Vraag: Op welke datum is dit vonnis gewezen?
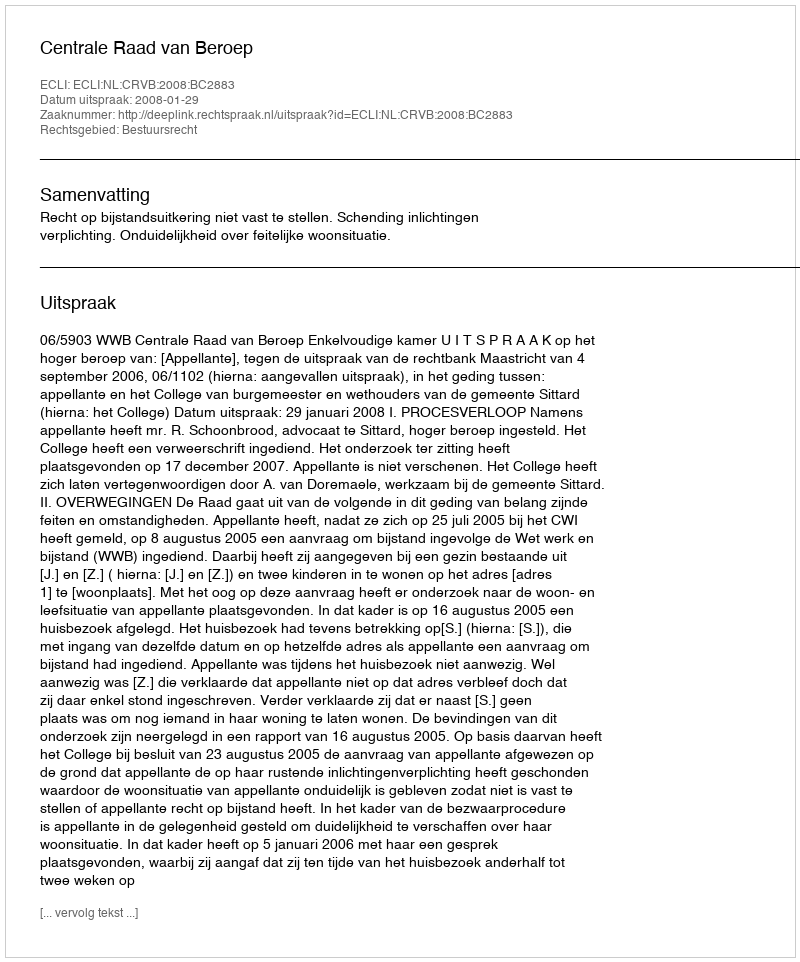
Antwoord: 2008-01-29